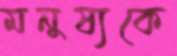
মনুষ্যকে